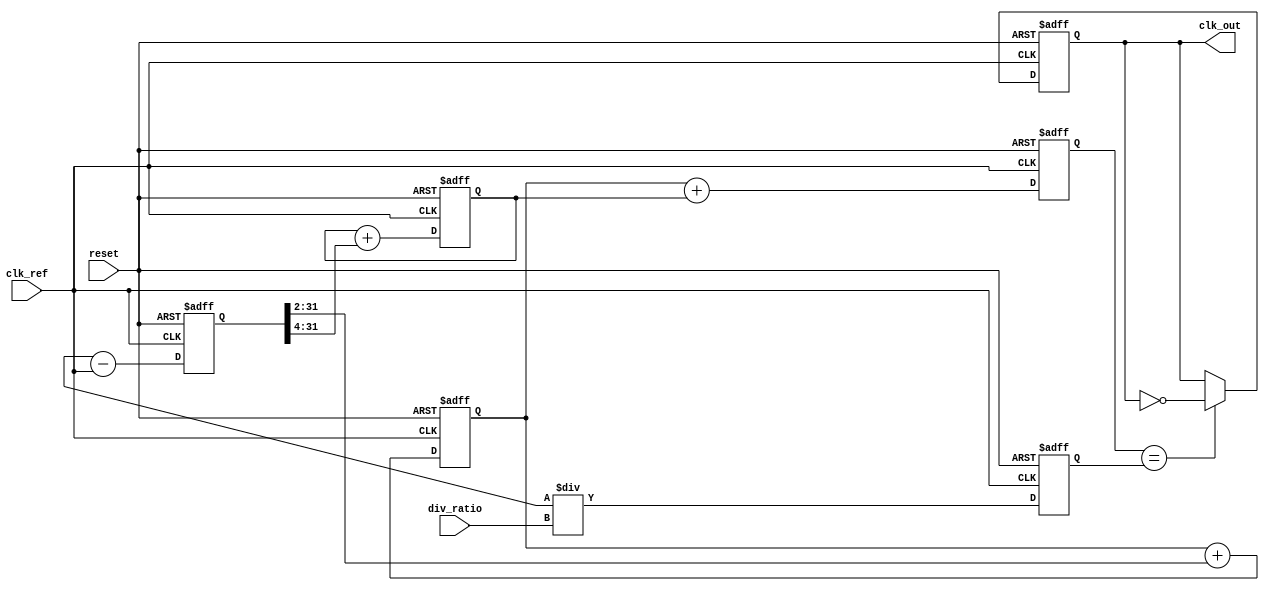
module dual_loop_pll (
    input wire clk_ref,          // Reference clock input
    input wire reset,            // Reset signal
    input wire [3:0] div_ratio,  // Division ratio for feedback
    output reg clk_out           // Output clock
);

    // Internal signals
    reg [31:0] vco_freq;         // VCO frequency control
    reg [31:0] phase_error;      // Phase error signal
    reg [31:0] coarse_filter;     // Coarse loop filter output
    reg [31:0] fine_filter;       // Fine loop filter output
    reg [31:0] vco_output;        // VCO output
    reg [31:0] feedback;          // Feedback signal

    // Phase Detector (PD)
    always @(posedge clk_ref or posedge reset) begin
        if (reset) begin
            phase_error <= 0;
        end else begin
            // Simple phase error calculation (for illustration)
            phase_error <= (vco_output - clk_ref);
        end
    end

    // Coarse Loop Filter
    always @(posedge clk_ref or posedge reset) begin
        if (reset) begin
            coarse_filter <= 0;
        end else begin
            // Simple first-order filter for coarse adjustment
            coarse_filter <= coarse_filter + (phase_error >> 2); // Adjust gain as needed
        end
    end

    // Fine Loop Filter
    always @(posedge clk_ref or posedge reset) begin
        if (reset) begin
            fine_filter <= 0;
        end else begin
            // Simple first-order filter for fine adjustment
            fine_filter <= fine_filter + (phase_error >> 4); // Adjust gain as needed
        end
    end

    // Voltage-Controlled Oscillator (VCO)
    always @(posedge clk_ref or posedge reset) begin
        if (reset) begin
            vco_freq <= 32'd100; // Initial frequency
        end else begin
            // Adjust VCO frequency based on filters
            vco_freq <= coarse_filter + fine_filter;
        end
    end

    // Frequency Divider
    always @(posedge clk_ref or posedge reset) begin
        if (reset) begin
            feedback <= 0;
        end else begin
            // Simple frequency divider
            feedback <= vco_output / div_ratio;
        end
    end

    // Output Clock Generation
    always @(posedge clk_ref or posedge reset) begin
        if (reset) begin
            clk_out <= 0;
        end else begin
            // Generate output clock based on VCO frequency
            clk_out <= (vco_freq == feedback) ? ~clk_out : clk_out; // Toggle output clock
        end
    end

endmodule